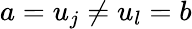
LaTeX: a=u_{j}\neq u_{l}=b